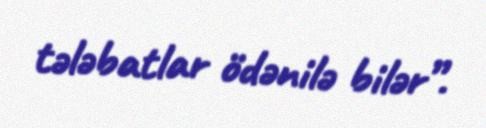
tələbatlar ödənilə bilər”.